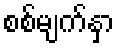
စစ်မျက်နှာ